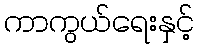
ကာကွယ်ရေးနှင့်